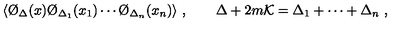
\langle \O _ { \Delta } ( x ) \O _ { \Delta _ { 1 } } ( x _ { 1 } ) \cdots \O _ { \Delta _ { n } } ( x _ { n } ) \rangle \ , \qquad \Delta + 2 m { \cal K } = \Delta _ { 1 } + \cdots + \Delta _ { n } \ ,